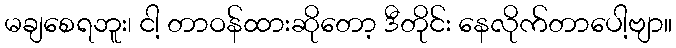
မချစေရဘူး၊ ငါ့ တာဝန်ထားဆိုတော့ ဒီတိုင်း နေလိုက်တာပေါ့ဗျာ။